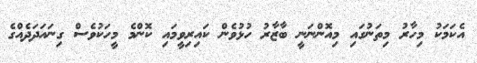
އެކަމަކު މިހާރު މިތަނުގައި މިއޮންނަނީ ބާޒާރު ހުޅުވެން ކައިރިވީމައި ކޮންމެ މީހަކުވެސް ގިނައަދަދެއްގެ